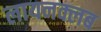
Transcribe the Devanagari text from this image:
लायनक्लब